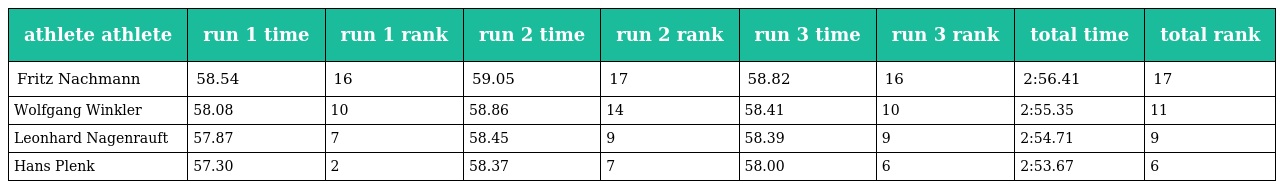
| athlete athlete | run 1 time | run 1 rank | run 2 time | run 2 rank | run 3 time | run 3 rank | total time | total rank |
 | --- | --- | --- | --- | --- | --- | --- | --- | --- |
 | Fritz Nachmann | 58.54 | 16 | 59.05 | 17 | 58.82 | 16 | 2:56.41 | 17 |
 | Wolfgang Winkler | 58.08 | 10 | 58.86 | 14 | 58.41 | 10 | 2:55.35 | 11 |
 | Leonhard Nagenrauft | 57.87 | 7 | 58.45 | 9 | 58.39 | 9 | 2:54.71 | 9 |
 | Hans Plenk | 57.30 | 2 | 58.37 | 7 | 58.00 | 6 | 2:53.67 | 6 |